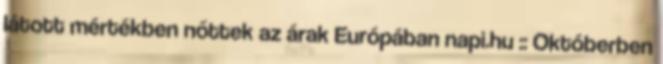
látott mértékben nőttek az árak Európában napi.hu :: Októberben